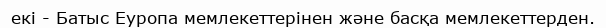
екі - Батыс Еуропа мемлекеттерінен және басқа мемлекеттерден.